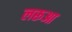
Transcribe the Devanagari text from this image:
लरूआ